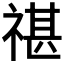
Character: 𥚮